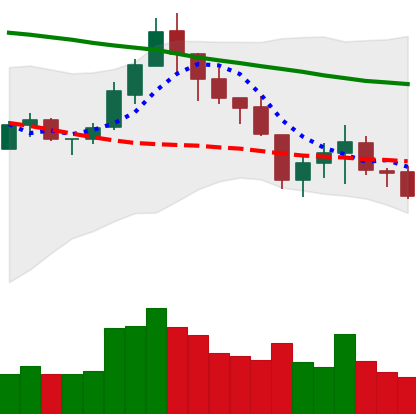
Ticker: LTC-USD
Chart end date: 2018-05-17
Forward return: -3.086%
Label: down_3_5